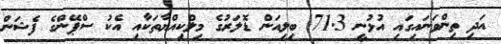
އަދި ތިންވަނައިގައި އުޅުނީ 71.3 ބިލިއަން ޑޮލަރުގެ މިލްކިއްޔާތަކާއި އެކު ސްޕޭންގެ ފެޝަން